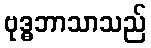
ဗုဒ္ဓဘာသာသည်